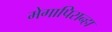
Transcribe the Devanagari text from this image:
मेगापिरान्हा